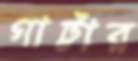
গাট্টার